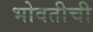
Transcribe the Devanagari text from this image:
भोवतीची